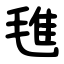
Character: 㲝